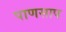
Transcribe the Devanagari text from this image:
पाणसाप